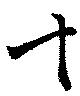
十